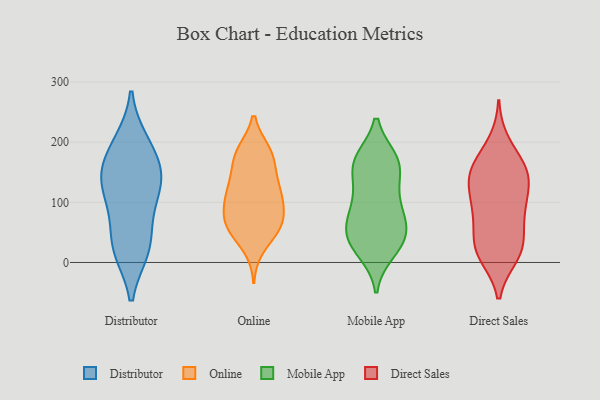
{"axis": {"x": "Net Income (USD K)", "y": "Value"}, "legend": ["Direct Sales", "Distributor", "Mobile App", "Online"], "data": [{"x": "", "y": 200, "type": "Distributor"}, {"x": "", "y": 165, "type": "Distributor"}, {"x": "", "y": 23, "type": "Distributor"}, {"x": "", "y": 96, "type": "Distributor"}, {"x": "", "y": 196, "type": "Distributor"}, {"x": "", "y": 133, "type": "Distributor"}, {"x": "", "y": 69, "type": "Distributor"}, {"x": "", "y": 21, "type": "Distributor"}, {"x": "", "y": 22, "type": "Distributor"}, {"x": "", "y": 137, "type": "Distributor"}, {"x": "", "y": 128, "type": "Distributor"}, {"x": "", "y": 150, "type": "Distributor"}, {"x": "", "y": 106, "type": "Online"}, {"x": "", "y": 69, "type": "Online"}, {"x": "", "y": 57, "type": "Online"}, {"x": "", "y": 58, "type": "Online"}, {"x": "", "y": 25, "type": "Online"}, {"x": "", "y": 184, "type": "Online"}, {"x": "", "y": 55, "type": "Online"}, {"x": "", "y": 66, "type": "Online"}, {"x": "", "y": 114, "type": "Online"}, {"x": "", "y": 183, "type": "Online"}, {"x": "", "y": 122, "type": "Online"}, {"x": "", "y": 150, "type": "Online"}, {"x": "", "y": 177, "type": "Online"}, {"x": "", "y": 66, "type": "Online"}, {"x": "", "y": 183, "type": "Online"}, {"x": "", "y": 108, "type": "Online"}, {"x": "", "y": 114, "type": "Online"}, {"x": "", "y": 90, "type": "Online"}, {"x": "", "y": 147, "type": "Online"}, {"x": "", "y": 109, "type": "Mobile App"}, {"x": "", "y": 169, "type": "Mobile App"}, {"x": "", "y": 34, "type": "Mobile App"}, {"x": "", "y": 160, "type": "Mobile App"}, {"x": "", "y": 67, "type": "Mobile App"}, {"x": "", "y": 18, "type": "Mobile App"}, {"x": "", "y": 135, "type": "Mobile App"}, {"x": "", "y": 166, "type": "Mobile App"}, {"x": "", "y": 101, "type": "Mobile App"}, {"x": "", "y": 62, "type": "Mobile App"}, {"x": "", "y": 171, "type": "Mobile App"}, {"x": "", "y": 60, "type": "Mobile App"}, {"x": "", "y": 49, "type": "Mobile App"}, {"x": "", "y": 35, "type": "Mobile App"}, {"x": "", "y": 90, "type": "Mobile App"}, {"x": "", "y": 170, "type": "Mobile App"}, {"x": "", "y": 26, "type": "Mobile App"}, {"x": "", "y": 130, "type": "Direct Sales"}, {"x": "", "y": 199, "type": "Direct Sales"}, {"x": "", "y": 149, "type": "Direct Sales"}, {"x": "", "y": 158, "type": "Direct Sales"}, {"x": "", "y": 39, "type": "Direct Sales"}, {"x": "", "y": 83, "type": "Direct Sales"}, {"x": "", "y": 88, "type": "Direct Sales"}, {"x": "", "y": 19, "type": "Direct Sales"}, {"x": "", "y": 146, "type": "Direct Sales"}, {"x": "", "y": 34, "type": "Direct Sales"}, {"x": "", "y": 142, "type": "Direct Sales"}, {"x": "", "y": 15, "type": "Direct Sales"}, {"x": "", "y": 76, "type": "Direct Sales"}, {"x": "", "y": 11, "type": "Direct Sales"}, {"x": "", "y": 144, "type": "Direct Sales"}, {"x": "", "y": 174, "type": "Direct Sales"}, {"x": "", "y": 112, "type": "Direct Sales"}, {"x": "", "y": 89, "type": "Direct Sales"}, {"x": "", "y": 18, "type": "Direct Sales"}]}